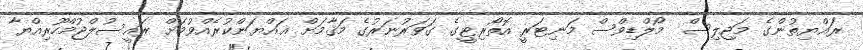
ރައްޔިތުންގެ މަޖިލިސް  މޯލްޑިވްސް މަނިޓަރީ އޮތޯރިޓީގެ ގަވަރުނަރުގެ މަޤާމަށް ޢައްޔަންކުރެއްވުމަށް ރައީސުލްޖުމްހޫރިއްޔާ